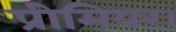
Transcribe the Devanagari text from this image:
प्रीमियर।